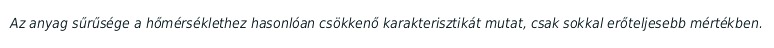
Az anyag sűrűsége a hőmérséklethez hasonlóan csökkenő karakterisztikát mutat, csak sokkal erőteljesebb mértékben.